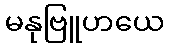
မနုဗြူဟယေ